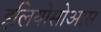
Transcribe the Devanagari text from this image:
इलियोसोआस